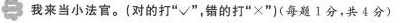
二我来当小法官。(对的打“√”，错的打“×”)(每题1分，共4分)